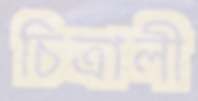
চিত্রালী